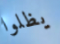
يظلوا